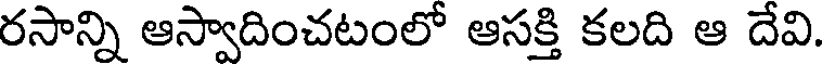
రసాన్ని ఆస్వాదించటంలో ఆసక్తి కలది ఆ దేవి.